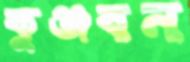
কুঞ্জবন